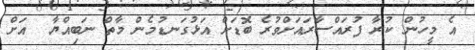
އެ މީހުން ކުރާ ފުރައްސާރައަށްވުރެ ބޮޑަށް އަޅުގަނޑުމެން މާތް ނަބިއްޔާ  އަށް